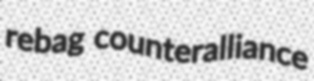
rebag counteralliance